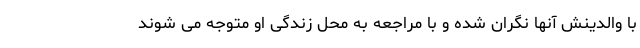
با والدینش آنها نگران شده و با مراجعه به محل زندگی او متوجه می شوند